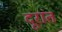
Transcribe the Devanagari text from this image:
दूरांत